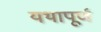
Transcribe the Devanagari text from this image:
यथापूर्ण